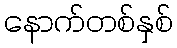
နောက်တစ်နှစ်